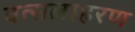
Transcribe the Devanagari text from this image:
वत्सलाहरण